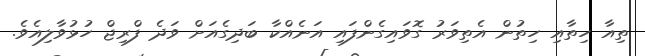
ތިއާ ހިތާއި ހިތުން އެތިވަރު ގޮވައިގެންފައި އަނެއްކާ ބަދިގެއަށް ވަދެ ފްރިޖް ހުޅުވާލިއެވެ.